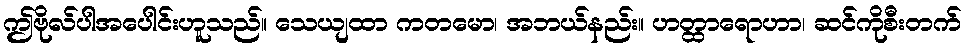
ဤဗိုလ်ပါအပေါင်းဟူသည်။ သေယျထာ ကတမော၊ အဘယ်နည်း။ ဟတ္ထာရောဟာ၊ ဆင်ကိုစီးတက်